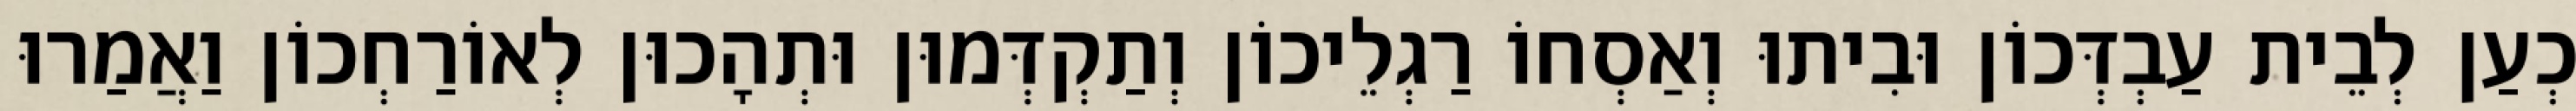
כְעַן לְבֵית עַבְדְּכוֹן וּבִיתוּ וְאַסְחוֹ רַגְלֵיכוֹן וְתַקְדְּמוּן וּתְהָכוּן לְאוֹרַחְכוֹן וַאֲמַרוּ